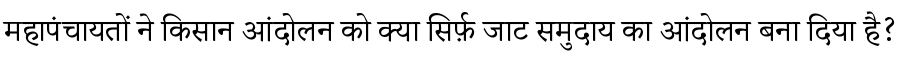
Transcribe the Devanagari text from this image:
महापंचायतों ने किसान आंदोलन को क्या सिर्फ़ जाट समुदाय का आंदोलन बना दिया है?